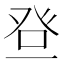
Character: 𱱵